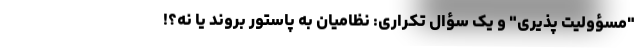
"مسؤولیت پذیری" و یک سؤال تکراری: نظامیان به پاستور بروند یا نه؟!